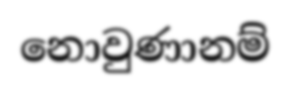
නොවුණානම්